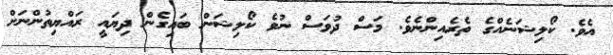
އެވެ. ކޯލިޝަނެއްގެ ތެރެއިންނެވެ. މަސް ދުވަސް ނުވެ ކޯލިޝަން ބައިގެން ދިޔައީ ރައްޔިތުންނަށް